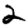
Digit: 2